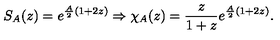
S _ { A } ( z ) = e ^ { \frac { A } { 2 } ( 1 + 2 z ) } \Rightarrow \chi _ { A } ( z ) = \frac { z } { 1 + z } e ^ { \frac { A } { 2 } ( 1 + 2 z ) } .